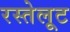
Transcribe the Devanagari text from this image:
रस्तेलूट